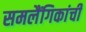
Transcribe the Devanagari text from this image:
समलैंगिकांची